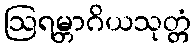
ဩရမ္ဘာဂိယသုတ္တံ